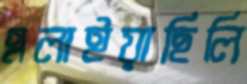
এলাইয়াছিলি